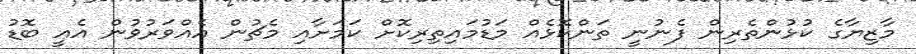
މާޒިޔާގެ ކުޅުންތެރިން ފެނުނީ ތަންކޮޅެއް މަޑުމައިތިރިކޮށް ކަމަށާއި މެޗުން އެއްވަރުވުން އެއީ ބޮޑު